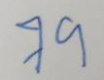
79